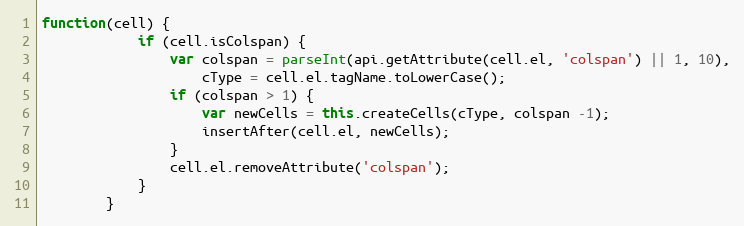
Language: JavaScript
function(cell) {
            if (cell.isColspan) {
                var colspan = parseInt(api.getAttribute(cell.el, 'colspan') || 1, 10),
                    cType = cell.el.tagName.toLowerCase();
                if (colspan > 1) {
                    var newCells = this.createCells(cType, colspan -1);
                    insertAfter(cell.el, newCells);
                }
                cell.el.removeAttribute('colspan');
            }
        }